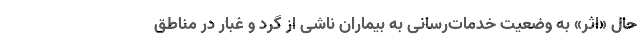
حال «اثر» به وضعیت خدمات‌رسانی به بیماران ناشی از گرد و غبار در مناطق